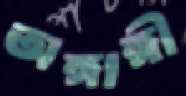
অঙ্গাঙ্গী